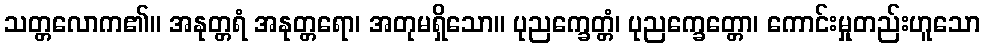
သတ္တလောက၏။ အနုတ္တရံ အနုတ္တရော၊ အတုမရှိသော။ ပုညက္ခေတ္တံ၊ ပုညက္ခေတ္တော၊ ကောင်းမှုတည်းဟူသော